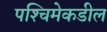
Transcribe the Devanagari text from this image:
पश्‍चिमेकडील